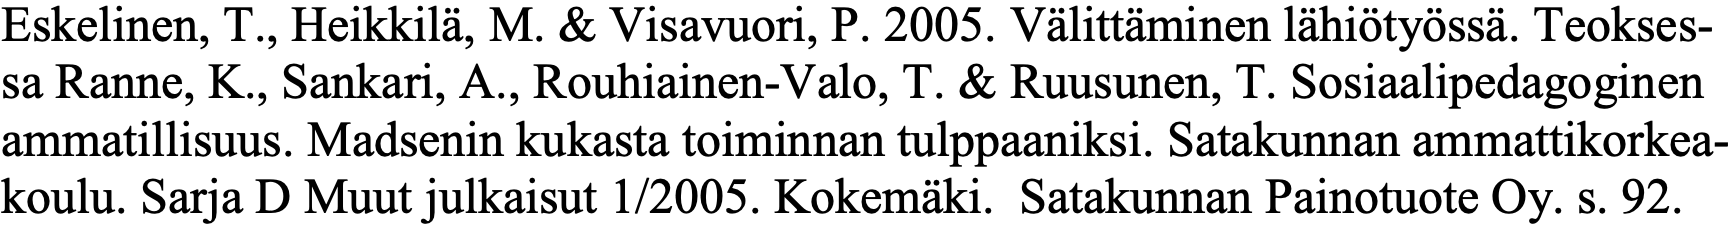
Eskelinen, T., Heikkilä, M. & Visavuori, P. 2005. Välittäminen lähiötyössä. Teokses- sa Ranne, K., Sankari, A., Rouhiainen-Valo, T. & Ruusunen, T. Sosiaalipedagoginen ammatillisuus. Madsenin kukasta toiminnan tulppaaniksi. Satakunnan ammattikorkea- koulu. Sarja D Muut julkaisut 1/2005. Kokemäki. Satakunnan Painotuote Oy. s. 92.